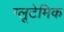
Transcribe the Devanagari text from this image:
ग्लूटेमिक